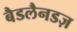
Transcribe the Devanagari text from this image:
बैडलैनडज़